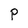
Character: P